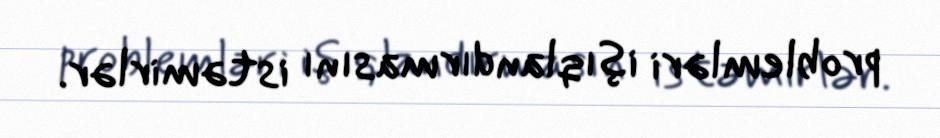
problemləri işıqlandırmasını istəmirlər.